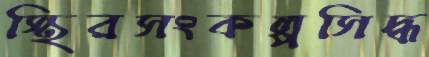
স্থিরসংকল্পসিদ্ধ